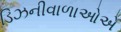
ડિઝનીવાળાઓએ